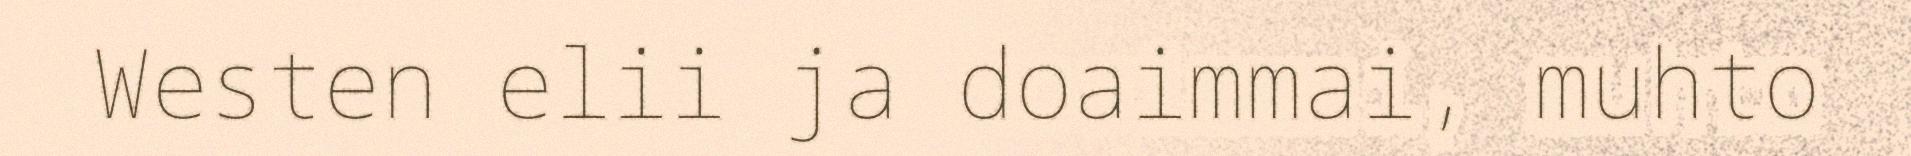
Westen elii ja doaimmai, muhto